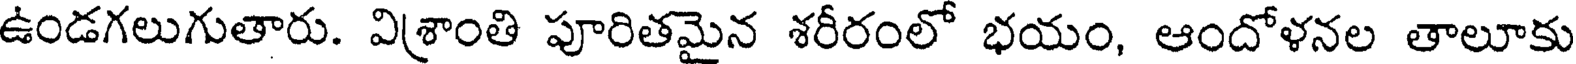
ఉండగలుగుతారు. విశ్రాంతి పూరితమైన శరీరంలో భయం, ఆందోళనల తాలూకు